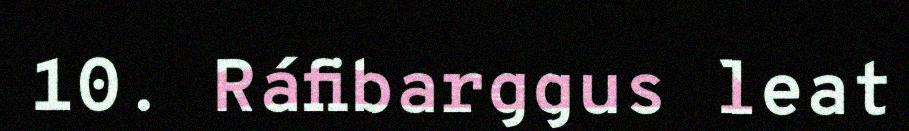
10. Ráfibarggus leat